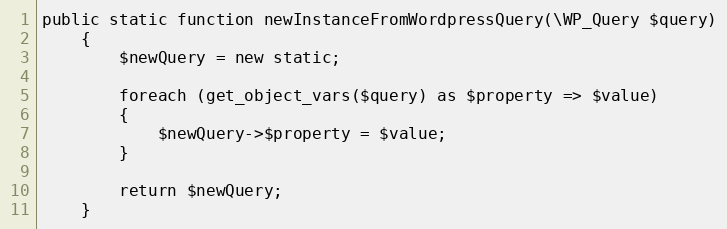
Language: PHP
public static function newInstanceFromWordpressQuery(\WP_Query $query)
    {
        $newQuery = new static;

        foreach (get_object_vars($query) as $property => $value)
        {
            $newQuery->$property = $value;
        }

        return $newQuery;
    }